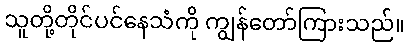
သူတို့တိုင်ပင်နေသံကို ကျွန်တော်ကြားသည်။